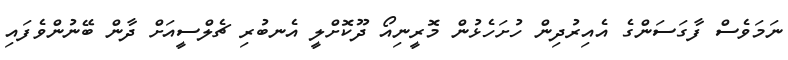
ނަމަވެސް ފާގަސަންގެ އެއިރުދިން ހުށަހެޅުން މޮރީނިއޯ ދޫކޮށްލީ އެނބުރި ޗެެލްސީއަށް ދާން ބޭނުންވެފައި